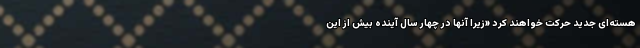
هسته‌ای جدید حرکت خواهند کرد «زیرا آنها در چهار سال آینده بیش از این